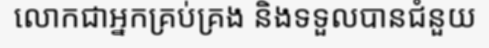
លោកជាអ្នកគ្រប់គ្រង និងទទួលបានជំនួយ